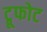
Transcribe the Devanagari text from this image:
ट्रूफोट